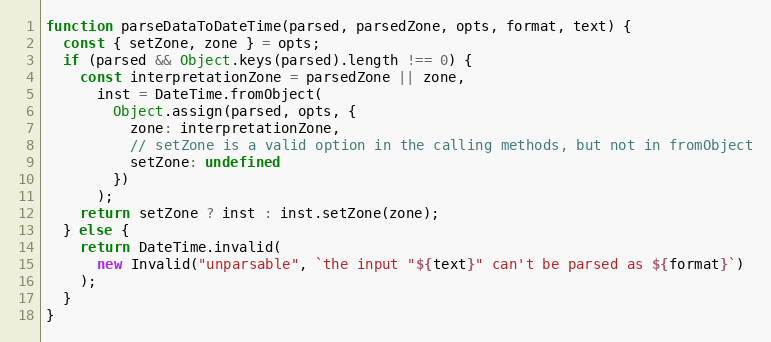
Language: JavaScript
function parseDataToDateTime(parsed, parsedZone, opts, format, text) {
  const { setZone, zone } = opts;
  if (parsed && Object.keys(parsed).length !== 0) {
    const interpretationZone = parsedZone || zone,
      inst = DateTime.fromObject(
        Object.assign(parsed, opts, {
          zone: interpretationZone,
          // setZone is a valid option in the calling methods, but not in fromObject
          setZone: undefined
        })
      );
    return setZone ? inst : inst.setZone(zone);
  } else {
    return DateTime.invalid(
      new Invalid("unparsable", `the input "${text}" can't be parsed as ${format}`)
    );
  }
}